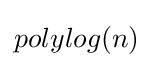
polylog(n)